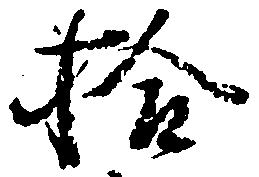
拾